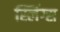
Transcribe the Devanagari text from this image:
स्लिंग्स